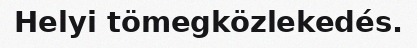
Helyi tömegközlekedés.